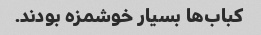
کباب‌ها بسیار خوشمزه بودند.